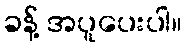
ခန့် အပူပေးပါ။